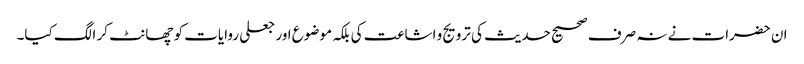
ان حضرات نے نہ صرف صحیح حدیث کی ترویج و اشاعت کی بلکہ موضوع اور جعلی روایات کو چھانٹ کر الگ کیا۔